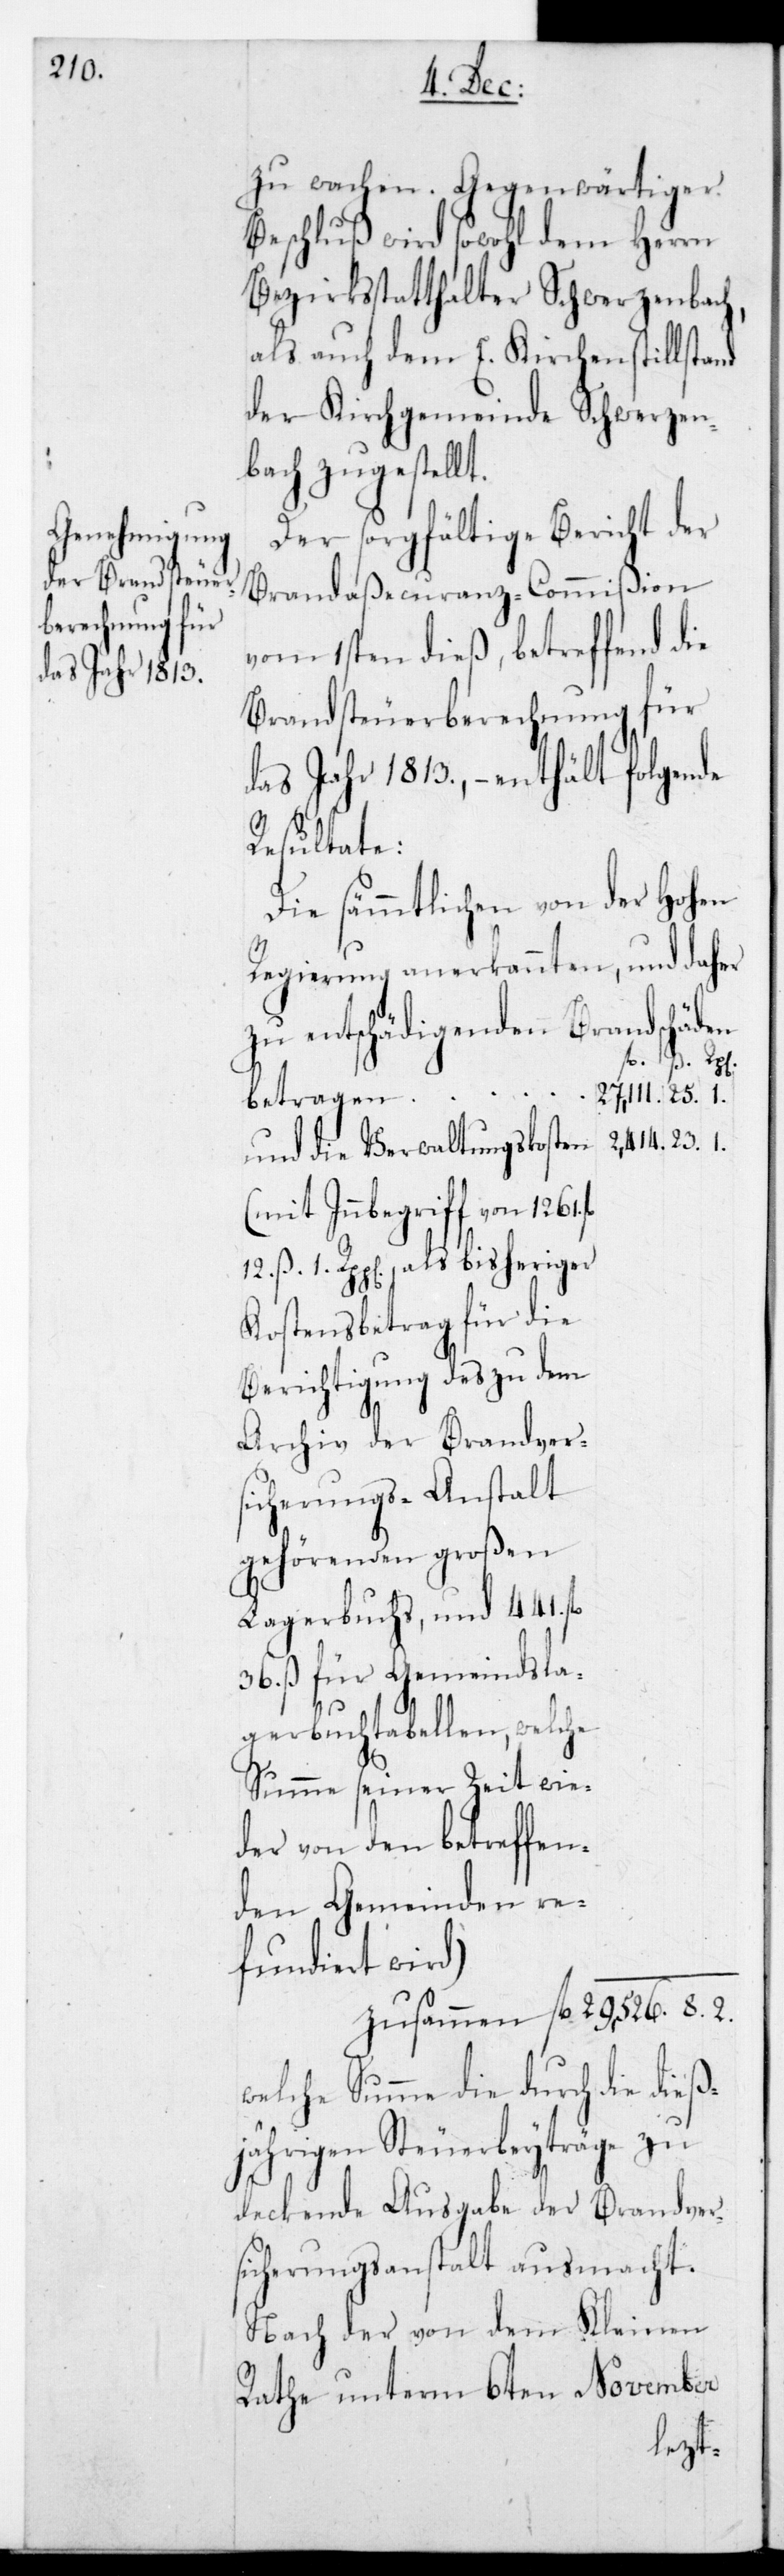
1. Rp.
Beschluß wird sowohl dem Herrn
Bezirksstatthalter Schwerzenbach
als auch dem E. Kirchenstillstand
der Kirchgemeinde Schwerzen¬
bach zugestellt.
Der sorgfältige Bericht der
Brandaßecuranz-Commißion
vom 1sten dieß, betreffend die
Brandsteuer-Berechnung für
das Jahr 1813., – enthält folgende
Resultate:
Die sämmtlichen von der Hohen
Regierung anerkannten, und daher
zu entschädigenden Brandschäden
27,111. fl. 25.
betragen
2,414. 23. 1.
und die Verwaltungskosten
(mit Inbegriff von 1261.
12. ß 1. Rp. als bisheriger
Kostensbetrag für die
Berichtigung des zu dem
Archiv der Brandver¬
sicherungs-Anstalt
gehördenden großen
Lagerbuchs, und 441. fl.
36. ß für Gemeindsla¬
gerbuch-Tabellen, welche
Summe seiner Zeit wie¬
der von den betreffen¬
den Gemeinden re¬
fundiert wird)
zusammen 29,526. 8. 2.
welche Summe die durch die dies¬
jährigen Steuerbeiträge zu
deckende Ausgabe der Brandver¬
sicherungs-Anstalt ausmacht.
Nach der von dem Kleinen
Rathe unterm 6ten November